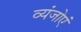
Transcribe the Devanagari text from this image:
व्यंजोएं